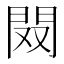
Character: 𨳦